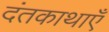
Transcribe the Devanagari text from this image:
दंतकाथाएँ